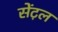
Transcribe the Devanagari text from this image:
सेंट़ल